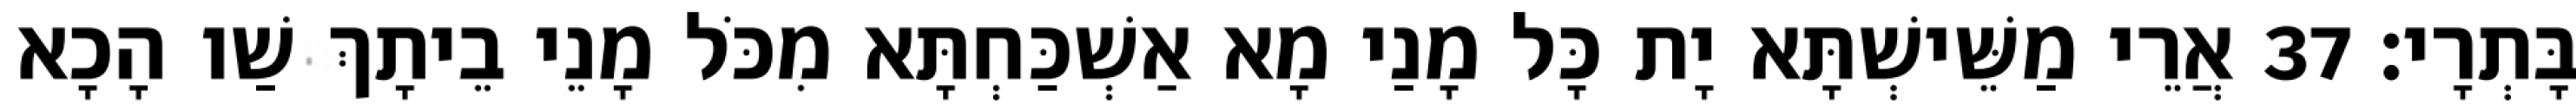
בָּתְרָי׃ 37 אֲרֵי מַשֵּׁישְׁתָּא יָת כָּל מָנַי מָא אַשְׁכַּחְתָּא מִכֹּל מָנֵי בֵיתָךְ שַׁו הָכָא